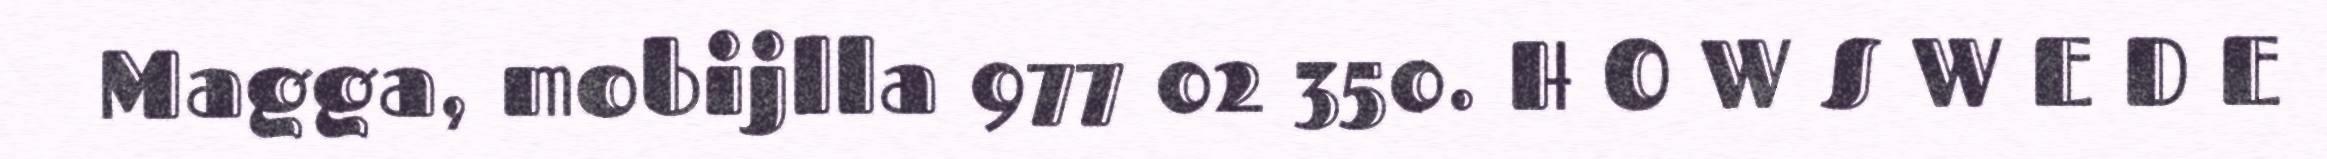
Magga, mobijlla 977 02 350. H O W S W E D E